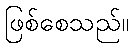
ဖြစ်စေသည်။